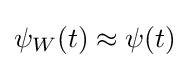
\psi _{W}(t)\approx \psi (t)